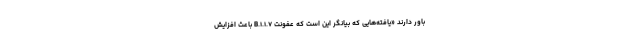
باور دارند «یافته‌هایی که بیانگر این است که عفونت B.۱.۱.۷ باعث افزایش